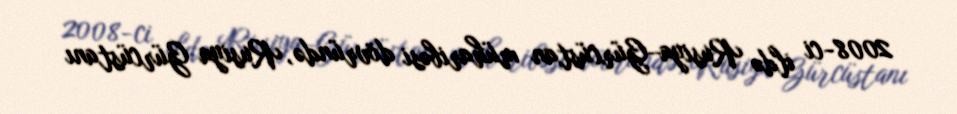
2008-ci ildə Rusiya–Gürcüstan müharibəsi dövründə, Rusiya Gürcüstanı